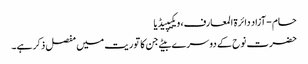
حام - آزاد دائرۃ المعارف، ویکیپیڈیا
حضرت نوح کے دوسرے بیٹے جن کا توریت میں مفصل ذکر ہے۔